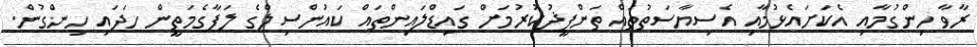
ރާވާ ހިންގުމާއި އެކަށައެޅުމާއި އެސިޔާސަތުތައް ތަންފީޛުކުރުމަށް ގައިޑްލައިންތައް ކައުންސިލްގެ ލަފާގެމަތީން ހަދައި ހިންގުން.